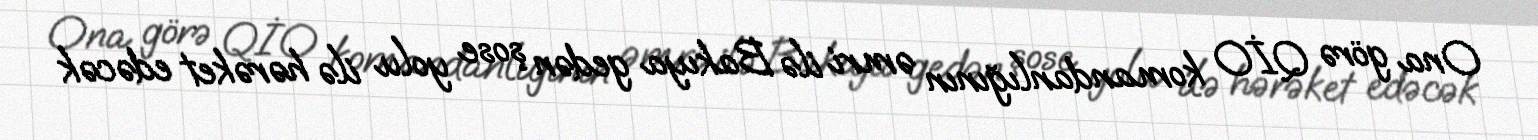
Ona görə QİO komandanlığının əmri ilə Bakıya gedən şose yolu ilə hərəket edəcək